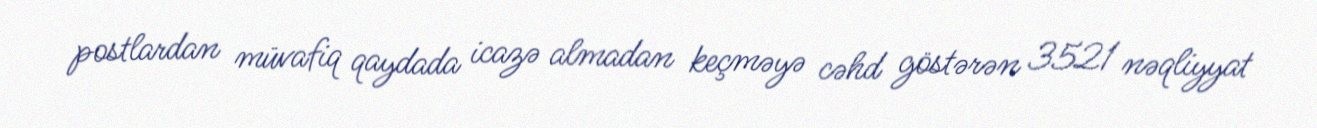
postlardan müvafiq qaydada icazə almadan keçməyə cəhd göstərən 3521 nəqliyyat